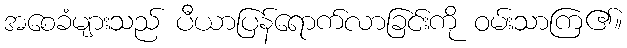
အစေခံများသည် ပီယာပြန်ရောက်လာခြင်းကို ဝမ်းသာကြ၏။